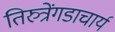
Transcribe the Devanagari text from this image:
तिरुत्रेंगडाचार्य